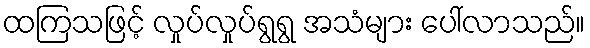
ထကြသဖြင့် လှုပ်လှုပ်ရွရွ အသံများ ပေါ်လာသည်။